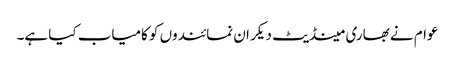
عوام نے بھاری مینڈیٹ دیکر ان نمائندوں کو کامیاب کیا ہے۔